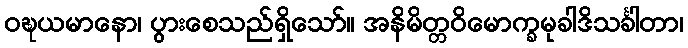
ဝဍ္ဎယမာနော၊ ပွားစေသည်ရှိသော်။ အနိမိတ္တဝိမောက္ခမုခါဒိသင်္ခါတာ၊